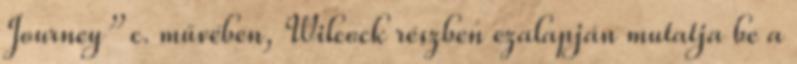
Journey” c. művében, Wilcock részben ezalapján mutatja be a